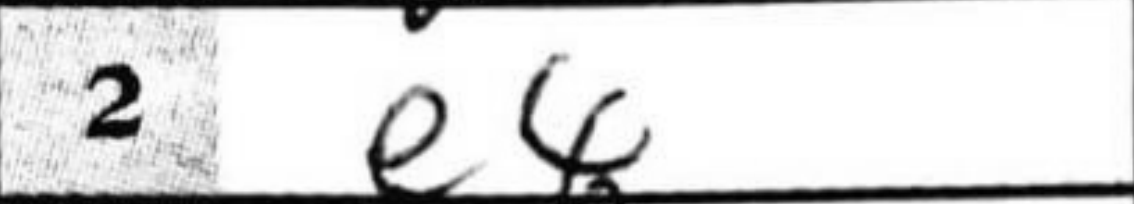
Transcription: e4